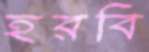
হরবি